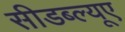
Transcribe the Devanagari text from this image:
सीडब्ल्यूए